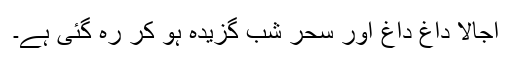
اجالا داغ داغ اور سحر شب گزیدہ ہو کر رہ گئی ہے۔